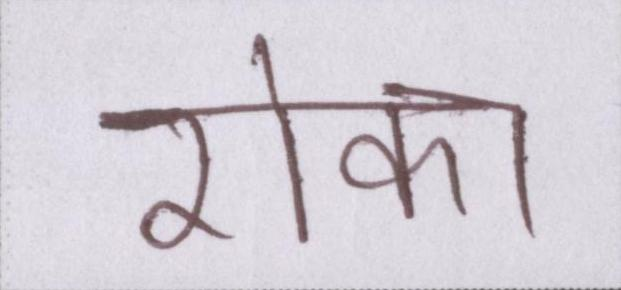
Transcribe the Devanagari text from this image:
रोका